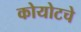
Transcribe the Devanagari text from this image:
कोयोटचे